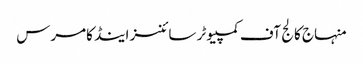
منہاج کالج آف کمپیوٹر سائنسز اینڈ کامرس